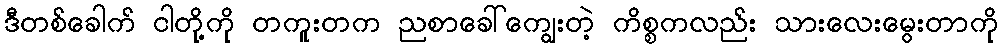
ဒီတစ်ခေါက် ငါတို့ကို တကူးတက ညစာခေါ်ကျွေးတဲ့ ကိစ္စကလည်း သားလေးမွေးတာကို